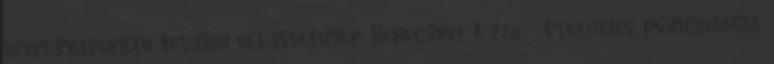
hétköznapokban. További olvasmányok: Bereczkei, T. 2010 . Evolúciós pszichológia.